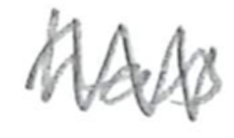
Text: has
Cross-out: zig-zag
Writing tool: pencil